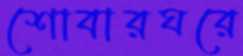
শোবারঘরে